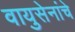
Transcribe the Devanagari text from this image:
वायुसेनांचे